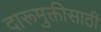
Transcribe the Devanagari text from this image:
दारूमुक्तीसाठी